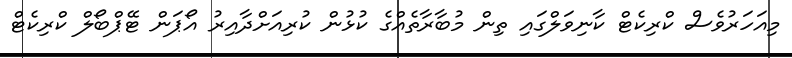
މިއަހަރުވެސް ކްރިކެޓް ކާނިވަލްގައި ތިން މުބާރާތެއްގެ ކުޅުން ކުރިއަށްދާއިރު އޯޕަން ޓޭޕްބޯލް ކްރިކެޓް